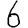
Digit: 6